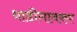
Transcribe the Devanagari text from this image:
धाडीगावकर